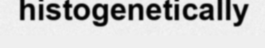
histogenetically